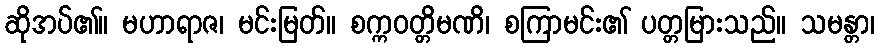
ဆိုအပ်၏။ မဟာရာဇ၊ မင်းမြတ်။ စက္ကဝတ္တိမဏိ၊ စကြာမင်း၏ ပတ္တမြားသည်။ သမန္တာ၊